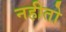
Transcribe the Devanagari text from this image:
नहीतो